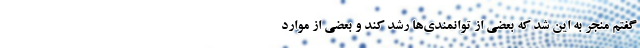
گفتم منجر به این شد که بعضی از توانمندی‌ها رشد کند و بعضی از موارد